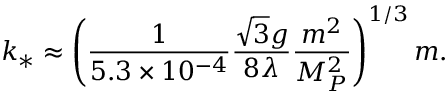
k _ { * } \approx \left( \frac { 1 } { 5 . 3 \times 1 0 ^ { - 4 } } \frac { \sqrt { 3 } g } { 8 \lambda } \frac { m ^ { 2 } } { M _ { P } ^ { 2 } } \right) ^ { 1 / 3 } m .